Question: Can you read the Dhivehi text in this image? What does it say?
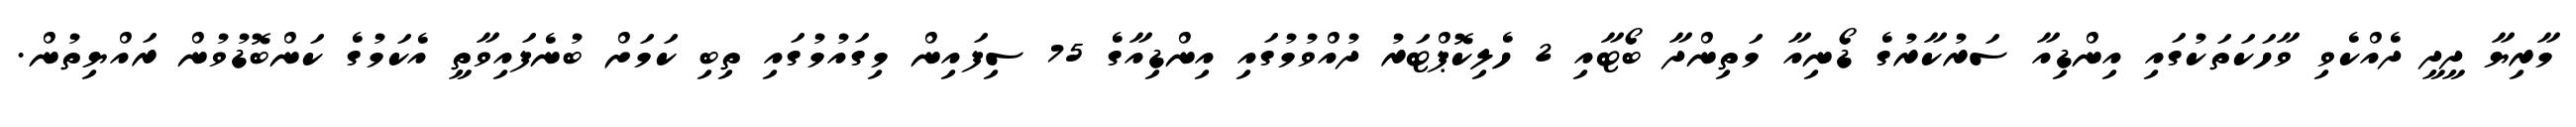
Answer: މާރިޔާ ދީދީ ދެއްކެވި ވާހަކަތަކުގައި އިންޑިއާ ސަރުކާރުގެ ޑޯނިއާ މަތިންދާ ބޯޓާއި 2 ހެލިކޮޕްޓަރު ދުއްވުމުގައި އިންޑިއާގެ 75 ސިފައިން މިގައުމުގައި ތިބި ކަމަށް ބުނެފައިވާތީ އެކަމުގެ ކަންބޮޑުވުން ރައްޔިތުން.